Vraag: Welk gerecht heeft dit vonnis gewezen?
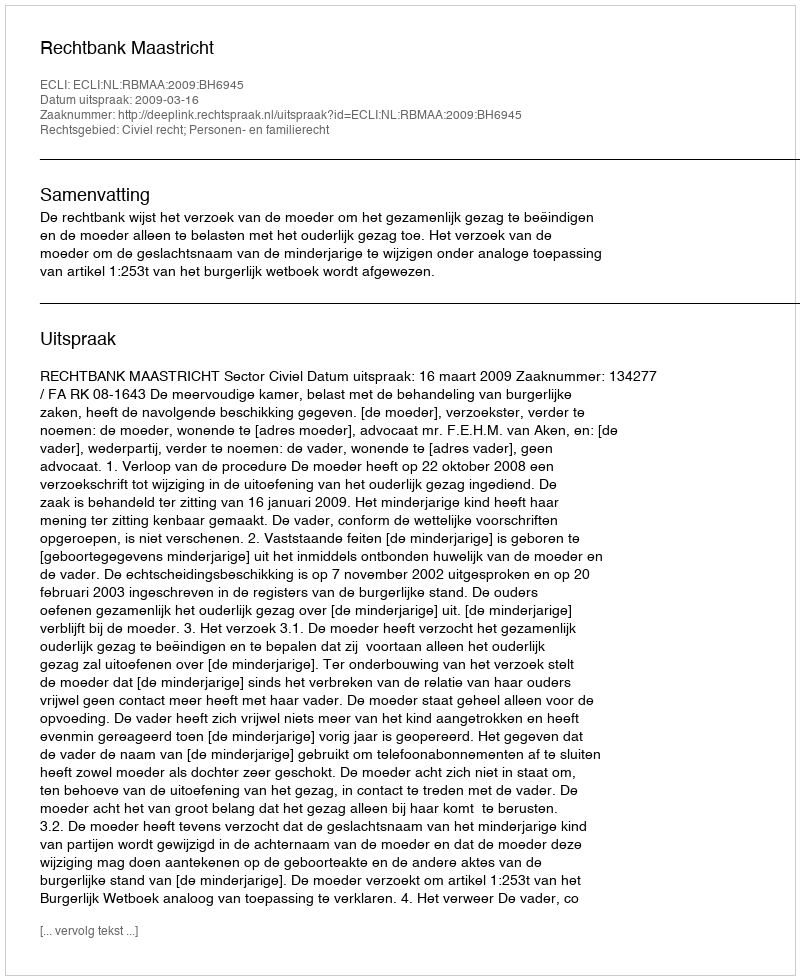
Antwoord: Rechtbank Maastricht